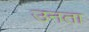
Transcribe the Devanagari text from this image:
उनता